Document type: Sale
Year: 1435
Scribe: Pere Soler
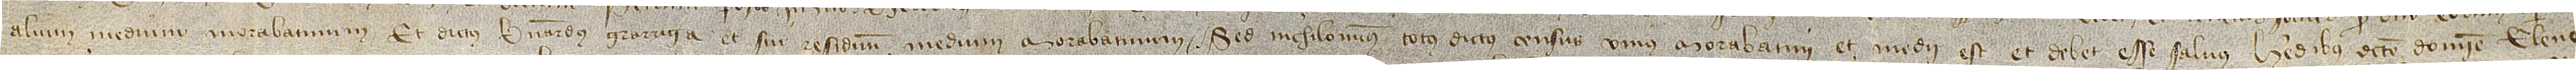
alium medium morabatinum; et dictus Bernardus Garriga et sui residuum medium morabatinum. Sed nichilominus totus dictus census unius morabatini et medii est et debet esse salvus heredibus dicte domine Elene